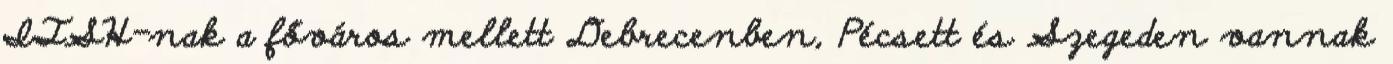
ITSH-nak a főváros mellett Debrecenben, Pécsett és Szegeden vannak